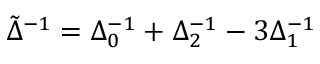
\tilde { \Delta } ^ { - 1 } = \Delta _ { 0 } ^ { - 1 } + \Delta _ { 2 } ^ { - 1 } - 3 \Delta _ { 1 } ^ { - 1 }